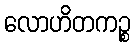
လောဟိတကဉ္စ